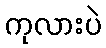
ကုလားပဲ